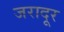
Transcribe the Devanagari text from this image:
जरादूर